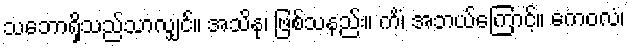
သဘောရှိသည်သာလျှင်။ အသိနု၊ ဖြစ်သနည်း။ ကိံ၊ အဘယ်ကြောင့်။ ကေဝလံ၊